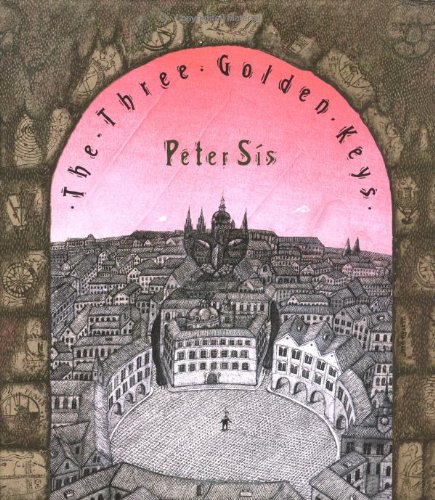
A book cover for The Three Golden Keys; Peter Sis; Children's Books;